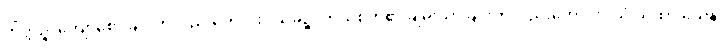
ကိတ္တိဉ္စ၊ ကျော်စောခြင်းကိုလည်းကောင်း။ သုခဉ္စ၊ ကိုယ်စိတ်၏ ချမ်းသာခြင်းကိုလည်းကောင်း။ ယံ ယထာ ယေန